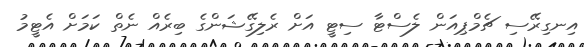
އިނގިރޭސި ޗެމްޕިއަން ލެސްޓާ ސިޓީ އަށް ރެލިގޭޝަންގެ ބިރެއް ނެތް ކަމަށް އެޓީމު